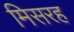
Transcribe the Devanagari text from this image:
मिसरह